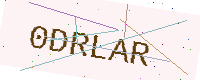
Text: 0DRLAR